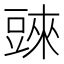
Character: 𧯲